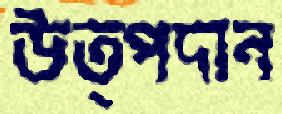
উত্পদান